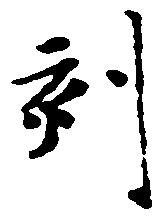
刻